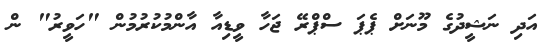
އަދި ނަޝީދުގެ މޫނަށް ޕެޕަ ސްޕްރޭ ޖަހާ ވީޑިއާ އާންމުކުރުމުން "ހަވީރު" ން